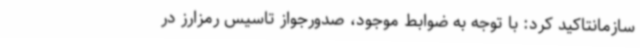
سازمانتاکید کرد: با توجه به‌ ضوابط موجود، صدورجواز تاسیس رمزارز در